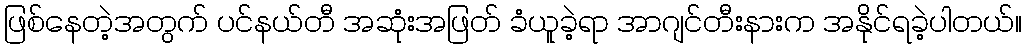
ဖြစ်နေတဲ့အတွက် ပင်နယ်တီ အဆုံးအဖြတ် ခံယူခဲ့ရာ အာဂျင်တီးနားက အနိုင်ရခဲ့ပါတယ်။